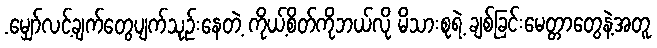
.မျှော်လင့်ချက်တွေပျက်သုဉ်းနေတဲ့ ကိုယ့်စိတ်ကိုဘယ်လို မိသားစုရဲ့ ချစ်ခြင်းမေတ္တာတွေနဲ့အတူ